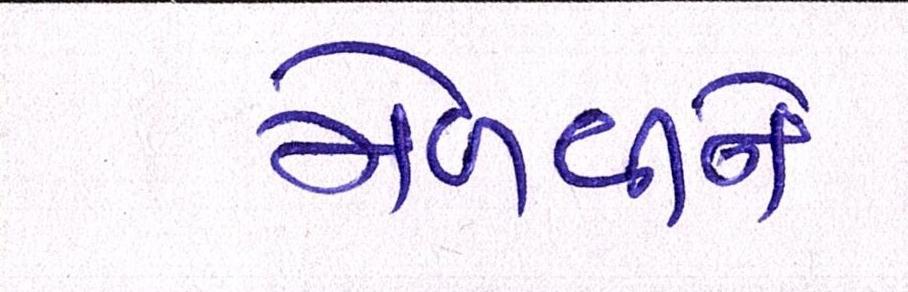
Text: મેળવીને